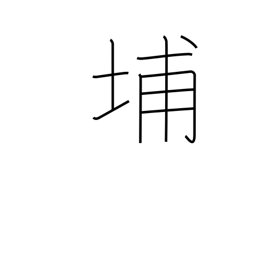
Meaning: used in Chinese place names